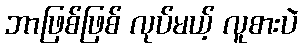
ဘာဖြစ်ဖြစ် လုပ်မယ့် လူစားပဲ